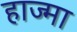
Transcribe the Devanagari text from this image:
हाज्मा